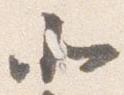
北